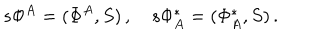
s \Phi ^ { A } = ( \Phi ^ { A } , S ) \, , ~ s \Phi _ { A } ^ { * } = ( \Phi _ { A } ^ { * } , S ) \, .